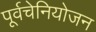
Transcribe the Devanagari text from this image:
पूर्वचेनियोजन